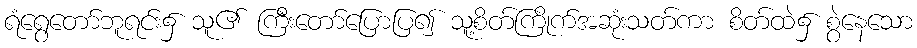
ရံရွေတော်ဘူရင်း၌ သူ၏ ကြီးတော်ပြောပြ၍ သူ့စိတ်ကြိုက်အဆုံးသတ်ကာ စိတ်ထဲ၌ စွဲနေသော